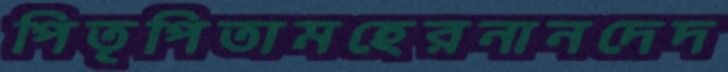
পিতৃপিতামহেরনানদেদ